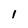
Character: 1